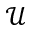
\mathcal U